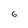
Character: 6